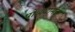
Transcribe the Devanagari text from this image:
पोळ्यामंदी